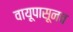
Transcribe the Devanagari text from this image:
वायूपासूनच